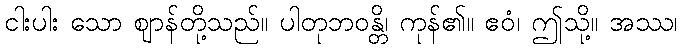
ငါးပါး သော ဈာန်တို့သည်။ ပါတုဘဝန္တိ၊ ကုန်၏။ ဧဝံ၊ ဤသို့။ အဿ၊